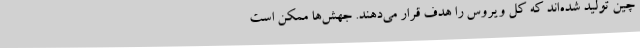
چین تولید شده‌اند که کل ویروس را هدف قرار می‌دهند. جهش‌ها ممکن است